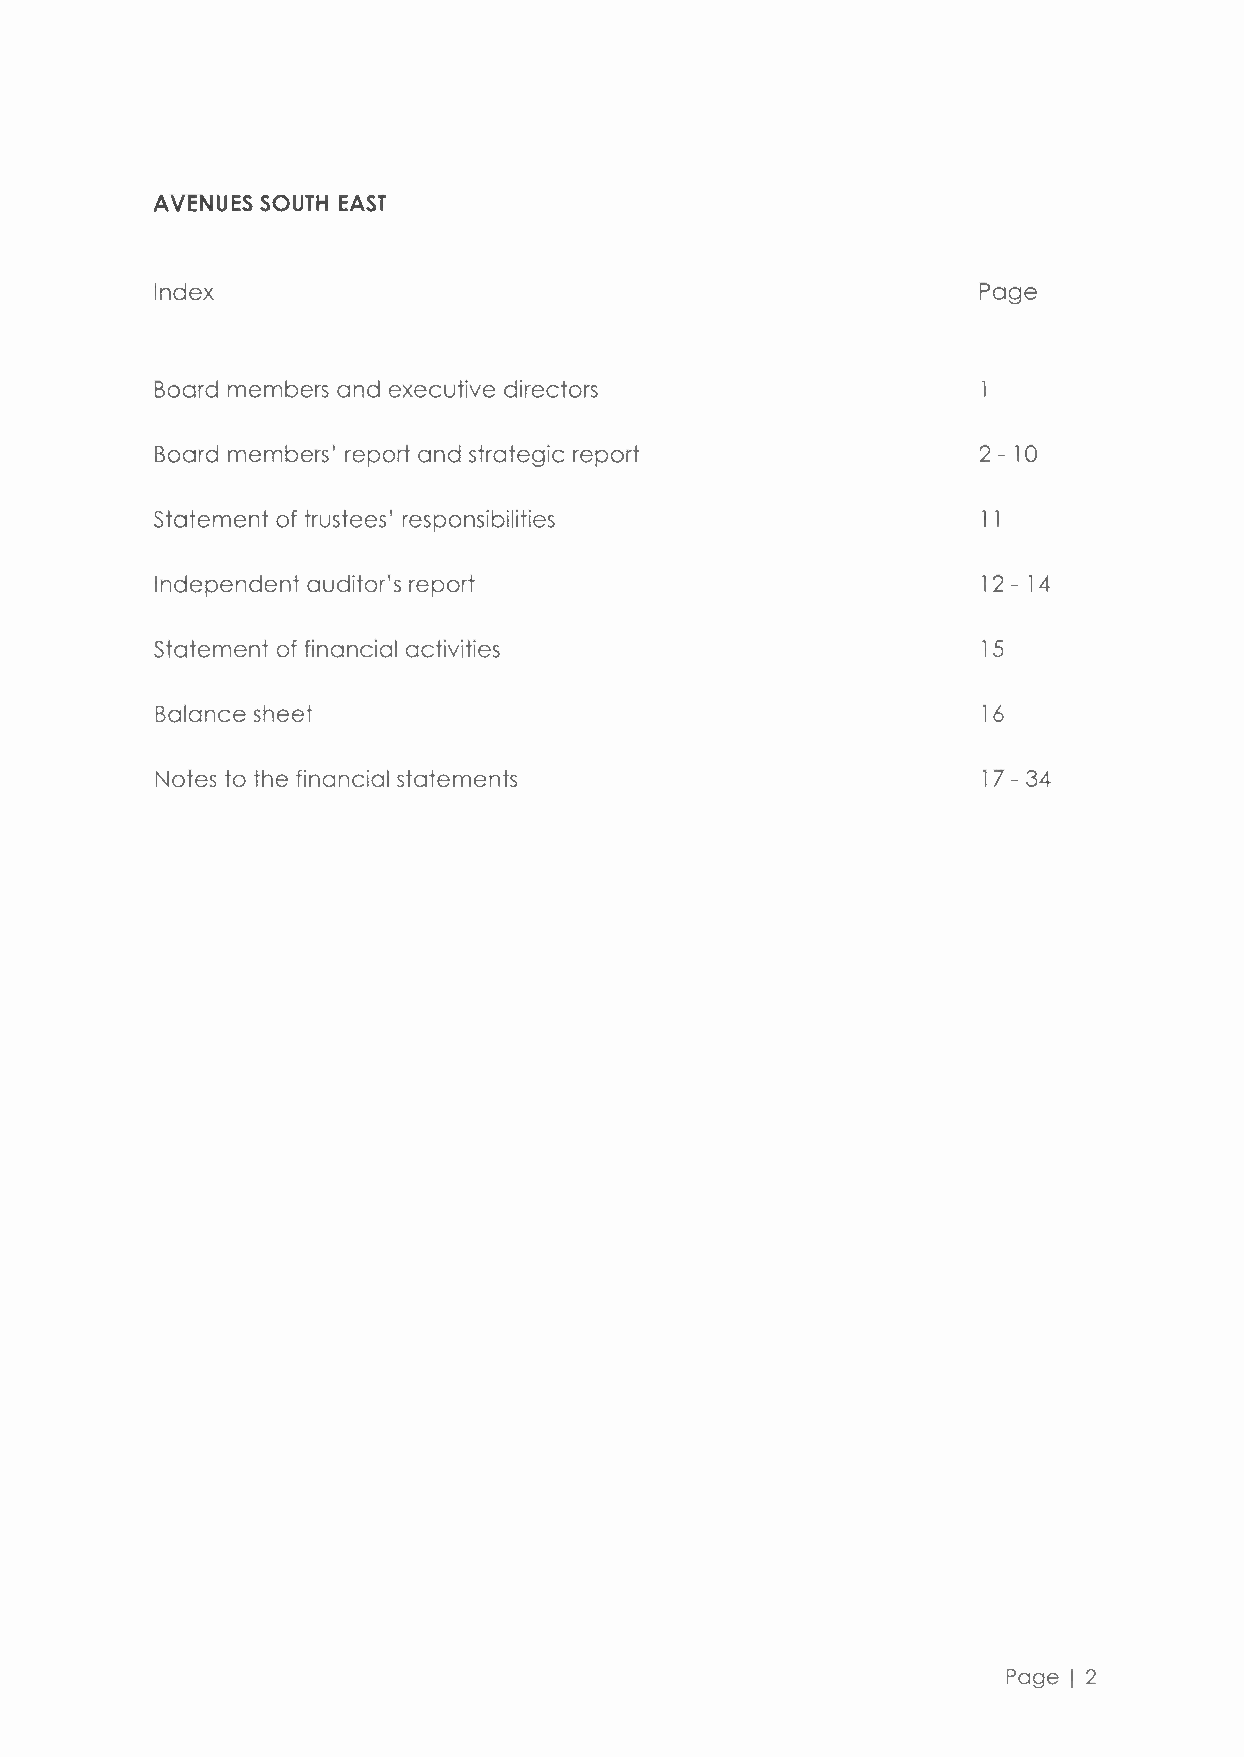
AVENUES SOUTH EAST
 Index                                                  Page
 Board members and executive directors
 Board members' report and strategic report             2 - 10
 statement of trustees' responsibilities                11
 Independent auditor's report                           12 - 14
 statement of financial activities                      15
 Balance sheet                                          16
 Notes to the financial statements                      17 - 34
 Page I 2